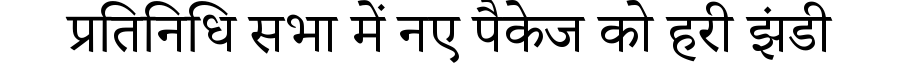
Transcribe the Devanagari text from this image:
प्रतिनिधि सभा में नए पैकेज को हरी झंडी